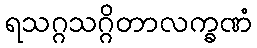
ရသဂ္ဂသဂ္ဂိတာလက္ခဏံ